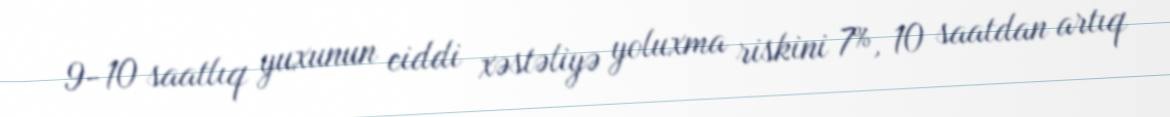
9-10 saatlıq yuxunun ciddi xəstəliyə yoluxma riskini 7%, 10 saatdan artıq